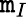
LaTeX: \mathtt{m}_{I}